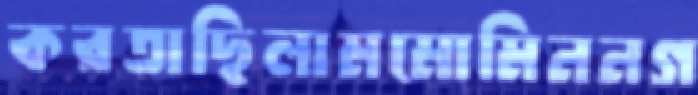
করতাছিলামমোমিননগ